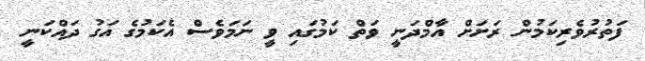
ފަތުރުވެރިކަމުން ރަށަށް އާމްދަނީ ވަތް ކަމުގައި ވީ ނަމަވެސް އެކަމުގެ އަގު ދައްކަނީ